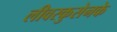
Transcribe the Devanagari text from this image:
लीवरकुसेनके